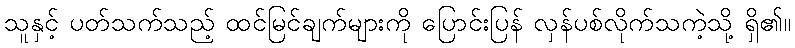
သူနှင့် ပတ်သက်သည့် ထင်မြင်ချက်များကို ပြောင်းပြန် လှန်ပစ်လိုက်သကဲ့သို့ ရှိ၏။